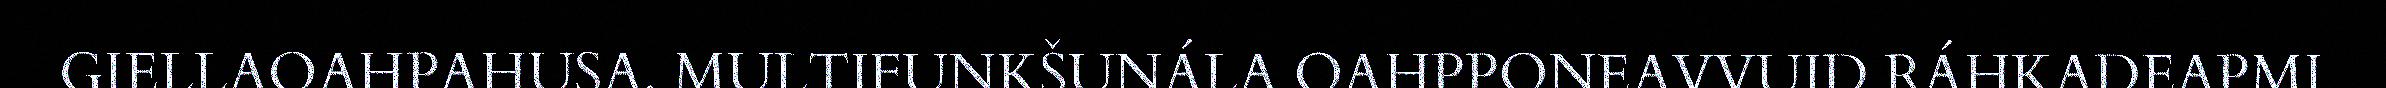
GIELLAOAHPAHUSA. MULTIFUNKŠUNÁLA OAHPPONEAVVUID RÁHKADEAPMI